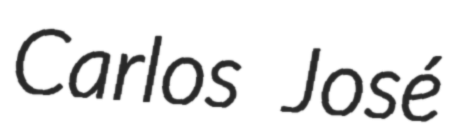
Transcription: Carlos José